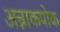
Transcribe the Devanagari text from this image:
अन्नाकपोक